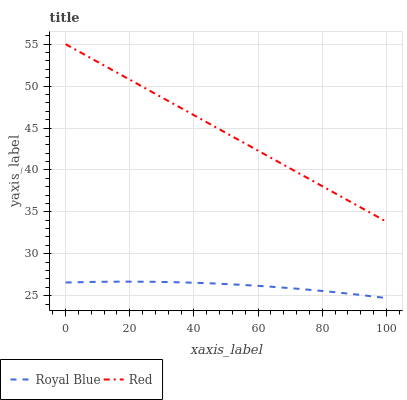
| xaxis_label | Royal Blue | Red |
 | --- | --- | --- |
 | 0 | 26.6 | 55 |
 | 9.09 | 26.6 | 53.1 |
 | 18.2 | 26.7 | 51.1 |
 | 27.3 | 26.7 | 49.2 |
 | 36.4 | 26.6 | 47.3 |
 | 45.5 | 26.5 | 45.4 |
 | 54.5 | 26.3 | 43.4 |
 | 63.6 | 26.1 | 41.5 |
 | 72.7 | 25.8 | 39.6 |
 | 81.8 | 25.5 | 37.7 |
 | 90.9 | 25.1 | 35.7 |
 | 100 | 24.7 | 33.8 |